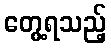
တွေ့ရသည့်